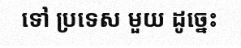
ទៅ ប្រទេស មួយ ដូច្នេះ